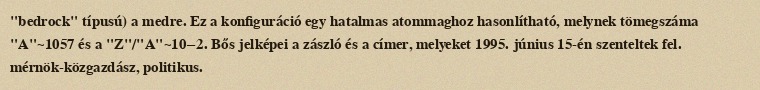
"bedrock" típusú) a medre. Ez a konfiguráció egy hatalmas atommaghoz hasonlítható, melynek tömegszáma "A"~1057 és a "Z"/"A"~10−2. Bős jelképei a zászló és a címer, melyeket 1995. június 15-én szenteltek fel. mérnök-közgazdász, politikus.